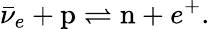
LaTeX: \bar{\nu}_{e}+\mathrm{p}\rightleftharpoons\mathrm{n}+e^{+}.